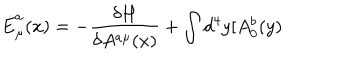
\dot { E } _ { \mu } ^ { a } ( x ) = - \frac { \delta H } { \delta A ^ { a \mu } ( x ) } + \int d ^ { 4 } y [ A _ { 0 } ^ { b } ( y )